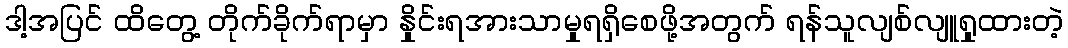
ဒါ့အပြင် ထိတွေ့ တိုက်ခိုက်ရာမှာ နှိုင်းရအားသာမှုရရှိစေဖို့အတွက် ရန်သူလျစ်လျူရှုထားတဲ့